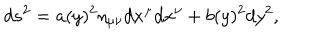
d s ^ { 2 } = a ( y ) ^ { 2 } \eta _ { \mu \nu } d x ^ { \mu } d x ^ { \nu } + b ( y ) ^ { 2 } d y ^ { 2 } ,